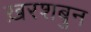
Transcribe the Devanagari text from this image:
ख़रशबुन